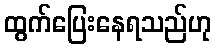
ထွက်ပြေးနေရသည်ဟု